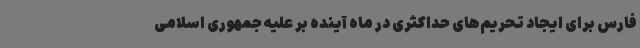
فارس برای ایجاد تحریم‌های حداکثری در ماه آینده بر علیه جمهوری اسلامی